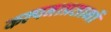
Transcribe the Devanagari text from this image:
कल्पनाप्रतानों